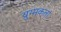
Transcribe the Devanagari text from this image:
युग्मकता